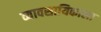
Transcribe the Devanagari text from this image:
व्यावसायिकाला